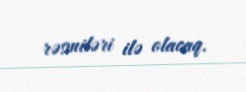
rəsmiləri ilə olacaq.